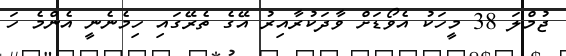
ޖުމްލަ 38 މީހަކު އެވޯޑަށް ވާދަކުރާއިރު އޭގެ ތެރޭގައި ހިމެނެނީ އެންމެ ހަ